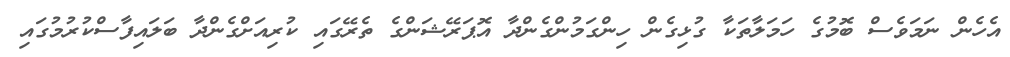
އެހެން ނަމަވެސް ބޮމުގެ ހަމަލާތަކާ ގުޅިގެން ހިންގަމުންގެންދާ އޮޕަރޭޝަންގެ ތެރޭގައި ކުރިއަށްގެންދާ ބަލައިފާސްކުރުމުގައި